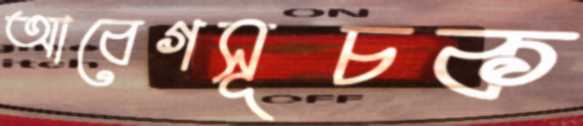
আবেগসূচক